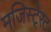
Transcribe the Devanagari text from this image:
मजिस्टे्रट